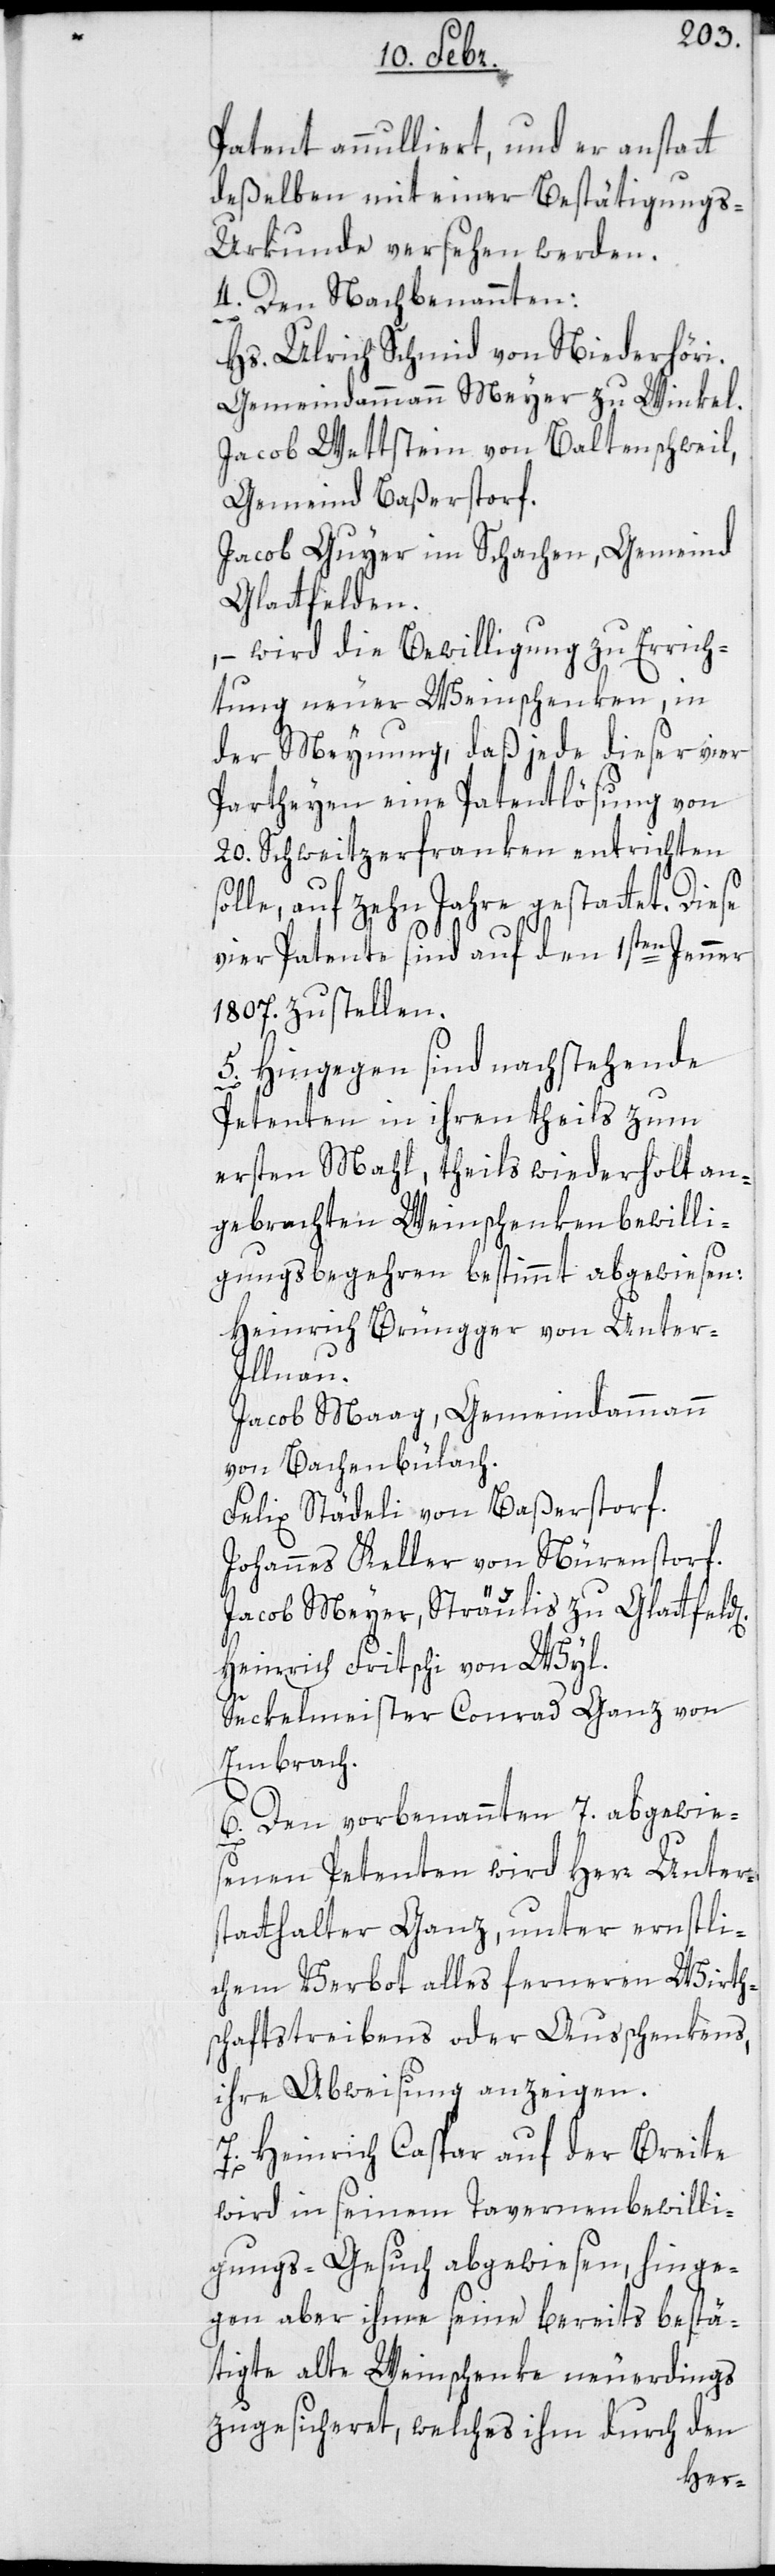
d[en].
Patent annulliert und er anstatt
deßelben mit einer Bestätigungs-U¬
rkunde versehen werden.
4. Den Nachbenannten:
Hs. Ulrich Schmid von Niederhöri.
Gemeindammann Meyer zu Winkel.
Jacob Wettstein von Baltenschweil,
Gemeind Baßerstorf.
Jacob Guyer im Schachen, Gemeind
Glattfelden.
, – wird die Bewilligung zu Errich¬
tung neuer Weinschenken, in
der Meynung, daß jede dieser vier
Partheyen eine Patentlösung von
20. Schweitzerfranken entrichten
solle, auf zehn Jahre gestattet. Diese
vier Patente sind auf den 1sten Jenner
1807. zu stellen.
5. Hingegen sind nachstehende
Petenten in ihren theils zum
ersten Mahl, theils wiederholt an¬
gebrachten Weinschenkenbewilli¬
gungsbegehren bestimmt abgewiesen:
Heinrich Brüngger von Unter-I¬
llnau.
Jacob Maag, Gemeindammann
von Bachenbülach.
Felix Städeli von Baßerstorf.
Johannes Keller von Nürenstorf.
Jacob Meyer, Sträulis, zu Glattfel¬
Heinrich Fritschi von Wyl.
Seckelmeister Conrad Ganz von
Embrach.
6. Den vorbenannten 7. abgewies¬
enen Petenten wird Herr Unters¬
tatthalter Ganz, unter ernstli¬
chem Verbot alles ferneren Wirth¬
schaftstreibens oder Außchenkens,
ihre Abweisung anzeigen.
7. Heinrich Caspar auf der Breite
wird in seinem Tavernen-Bewilli¬
gungsgesuch abgewiesen, hinge¬
gen aber ihme seine bereits bestä¬
tigte alte Weinschenke neuerdings
zugesicheret, welches ihm durch den